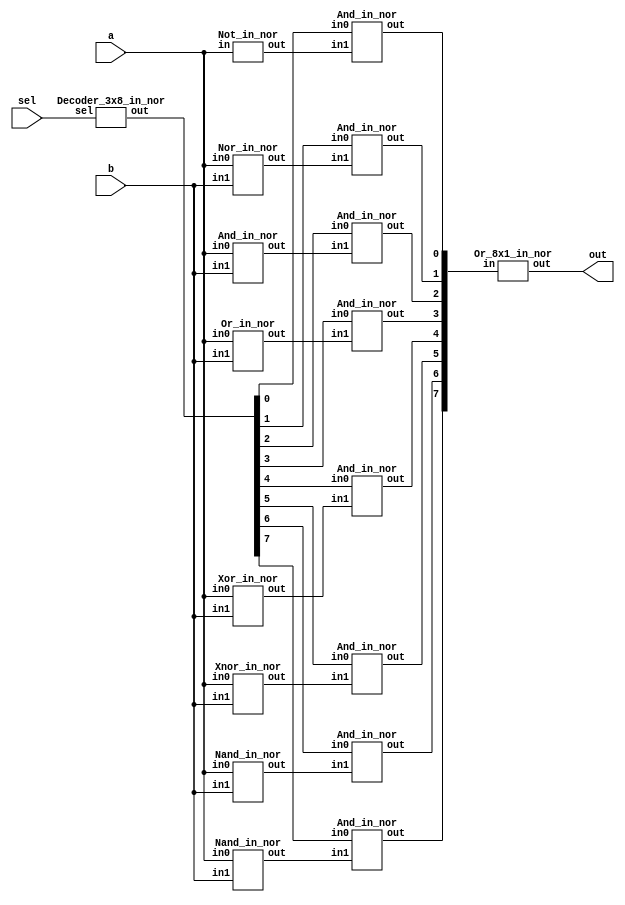
`timescale 1ns/1ps

module NOR_Implement (a, b, sel, out);
input a, b;
input [3-1:0] sel;
output out;

wire w_not;
wire w_nor;
wire w_and;
wire w_or;
wire w_xor;
wire w_xnor;
wire w_nand0;
wire w_nand1;
wire [8-1:0] w_decs;
wire [8-1:0] w_ands;

Not_in_nor not0 (w_not, a);
Nor_in_nor nor0 (w_nor, a, b);
And_in_nor and0 (w_and, a, b);
Or_in_nor or0 (w_or, a, b);
Xor_in_nor xor0 (w_xor, a, b);
Xnor_in_nor xnor0 (w_xnor, a, b);
Nand_in_nor nand0 (w_nand0, a, b);
Nand_in_nor nand1 (w_nand1, a, b);

Decoder_3x8_in_nor decoder_3x8_0 (w_decs, sel);

And_in_nor ands0 (w_ands[0], w_decs[0], w_not);
And_in_nor ands1 (w_ands[1], w_decs[1], w_nor);
And_in_nor ands2 (w_ands[2], w_decs[2], w_and);
And_in_nor ands3 (w_ands[3], w_decs[3], w_or);
And_in_nor ands4 (w_ands[4], w_decs[4], w_xor);
And_in_nor ands5 (w_ands[5], w_decs[5], w_xnor);
And_in_nor ands6 (w_ands[6], w_decs[6], w_nand0);
And_in_nor ands7 (w_ands[7], w_decs[7], w_nand1);

Or_8x1_in_nor or_8x1_0 (out, w_ands);

endmodule


module Decoder_3x8_in_nor (out, sel);

input [3-1:0] sel;
output [8-1:0] out;

wire [3-1:0] sel_n;

Not_in_nor not0 [3-1:0] (sel_n, sel);

And_3bits_in_nor and0 (out[0], sel_n[2], sel_n[1], sel_n[0]);
And_3bits_in_nor and1 (out[1], sel_n[2], sel_n[1], sel[0]);
And_3bits_in_nor and2 (out[2], sel_n[2], sel[1], sel_n[0]);
And_3bits_in_nor and3 (out[3], sel_n[2], sel[1], sel[0]);
And_3bits_in_nor and4 (out[4], sel[2], sel_n[1], sel_n[0]);
And_3bits_in_nor and5 (out[5], sel[2], sel_n[1], sel[0]);
And_3bits_in_nor and6 (out[6], sel[2], sel[1], sel_n[0]);
And_3bits_in_nor and7 (out[7], sel[2], sel[1], sel[0]);

endmodule


module Or_8x1_in_nor (out, in);

input [8-1:0] in;
output out;

wire or_n;

nor nor_7x1 (or_n, in[0], in[1], in[2], in[3], in[4], in[5], in[6], in[7]);
nor nor_out (out, or_n, or_n);

endmodule


module Not_in_nor (out, in);

input in;
output out;

nor nor0 (out, in, in);

endmodule


module Or_in_nor (out, in0, in1);

input in0;
input in1;
output out;

wire or_n;

nor nor0 (or_n, in0, in1);
nor nor1 (out, or_n, or_n);

endmodule

module And_3bits_in_nor (out, in0, in1, in2);

input in0;
input in1;
input in2;
output out;

wire in0_n;
wire in1_n;
wire in2_n;

nor nor0 (in0_n, in0, in0);
nor nor1 (in1_n, in1, in1);
nor nor2 (in2_n, in2, in2);
nor nor3 (out, in0_n, in1_n, in2_n);

endmodule

module And_in_nor (out, in0, in1);

input in0;
input in1;
output out;

wire in0_n;
wire in1_n;

nor nor0 (in0_n, in0, in0);
nor nor1 (in1_n, in1, in1);
nor nor2 (out, in0_n, in1_n);

endmodule


module Nand_in_nor (out, in0, in1);

input in0;
input in1;
output out;

wire in0_n;
wire in1_n;
wire w0;

nor nor0 (in0_n, in0, in0);
nor nor1 (in1_n, in1, in1);
nor nor2 (w0, in0_n, in1_n);
nor nor3 (out, w0, w0);

endmodule


module Xnor_in_nor (out, in0, in1);

input in0;
input in1;
output out;

wire w0;
wire w1;
wire w2;

nor nor0 (w0, in0, in1);
nor nor1 (w1, w0, in0);
nor nor2 (w2, w0, in1);
nor nor3 (out, w1, w1);

endmodule


module Xor_in_nor (out, in0, in1);

input in0;
input in1;
output out;

wire in0_n;
wire in1_n;
wire w0;
wire w1;

nor nor0 (in0_n, in0, in0);
nor nor1 (in1_n, in1, in1);
nor nor2 (w0, in0_n, in1_n);
nor nor3 (w1, in0, in1);
nor nor4 (out, w0, w1);

endmodule


module Nor_in_nor (out, in0, in1);

input in0;
input in1;
output out;

nor nor0 (out, in0, in1);

endmodule